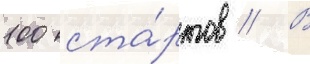
100 ста́ртов // В